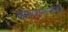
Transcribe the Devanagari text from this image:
कर्मचार्‍यांच्यासाठी